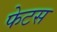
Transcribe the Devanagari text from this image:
फेटस